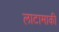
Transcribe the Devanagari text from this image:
लाटामाकी